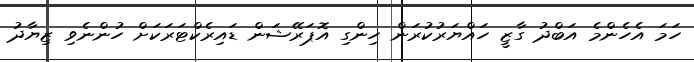
ހަމަ އެހެންމެ އަބްދު ގާޒީ ހައްޔަރުކުރަން ހިންގި އޮޕަރޭޝަން ޑައިރެކްޓަރަކަށް ހުންނެވި ޒިޔާދު